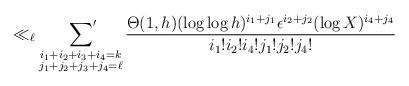
LaTeX: \begin{align*} \ll_{\ell} \sideset{}{'} \sum_{\substack{i_1+i_2+i_3+i_4=k \\ j_1+j_2+j_3+j_4 = \ell} } \frac{\Theta(1,h) (\log \log h)^{i_1+j_1} \epsilon^{i_2+j_2} (\log X)^{i_4+j_4}}{i_1! i_2! i_4! j_1! j_2! j_4!} \end{align*}